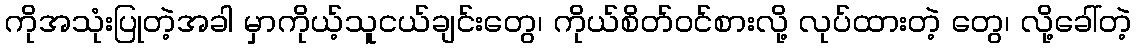
ကိုအသုံးပြုတဲ့အခါ မှာကိုယ့်သူငယ်ချင်းတွေ၊ ကိုယ်စိတ်ဝင်စားလို့ လုပ်ထားတဲ့ တွေ၊ လို့ခေါ်တဲ့